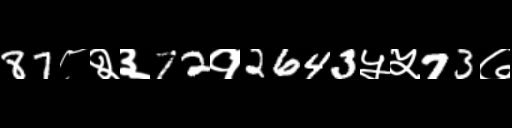
Text: 87८२३72१2643५५73७